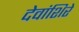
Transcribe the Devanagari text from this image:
देवांशिरे